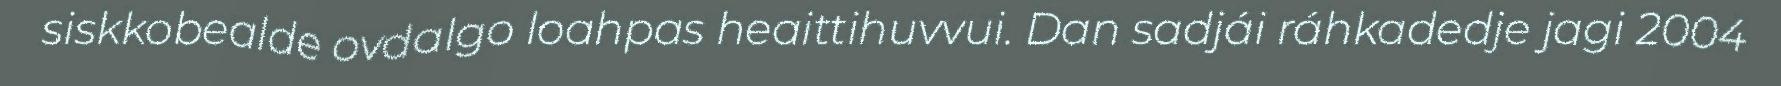
siskkobealde ovdalgo loahpas heaittihuvvui. Dan sadjái ráhkadedje jagi 2004